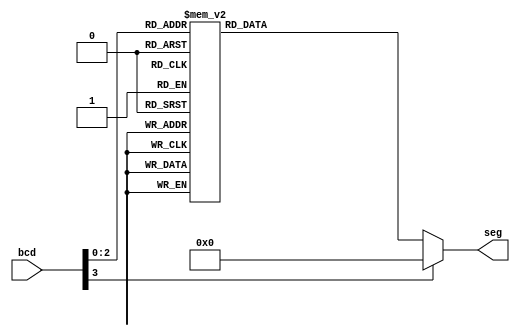
`timescale 1ns / 1ps
//////////////////////////////////////////////////////////////////////////////////
// Company: 
// Engineer: 
// 
// Design Name: 
// Module Name:    BCD_7SEG_BH 
// Project Name: 
// Target Devices: 
// Tool versions: 
// Description: 
//
// Dependencies: 
//
// Revision: 
// Revision 0.01 - File Created
// Additional Comments: 
//
//////////////////////////////////////////////////////////////////////////////////
module BCD_7SEG_BH(
    input [3:0] bcd,
    output reg [6:0] seg
    );

always@(bcd)
begin
case(bcd)
4'b0000: seg= 7'b0000001;
4'b0001: seg= 7'b1001111;
4'b0010: seg= 7'b0010010;
4'b0011: seg= 7'b0000110;
4'b0100: seg= 7'b1001100;
4'b0101: seg= 7'b0100100;
4'b0110: seg= 7'b0100000;
4'b0111: seg= 7'b0001111;
default: seg= 7'b0000000;
endcase
end
endmodule